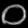
Digit: ၀